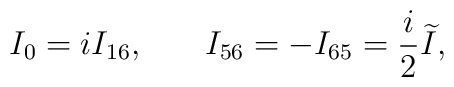
I_0=iI_{16} ,\hspace{0.3in}I_{56}=-I_{65}=\frac i2\widetilde{I} ,